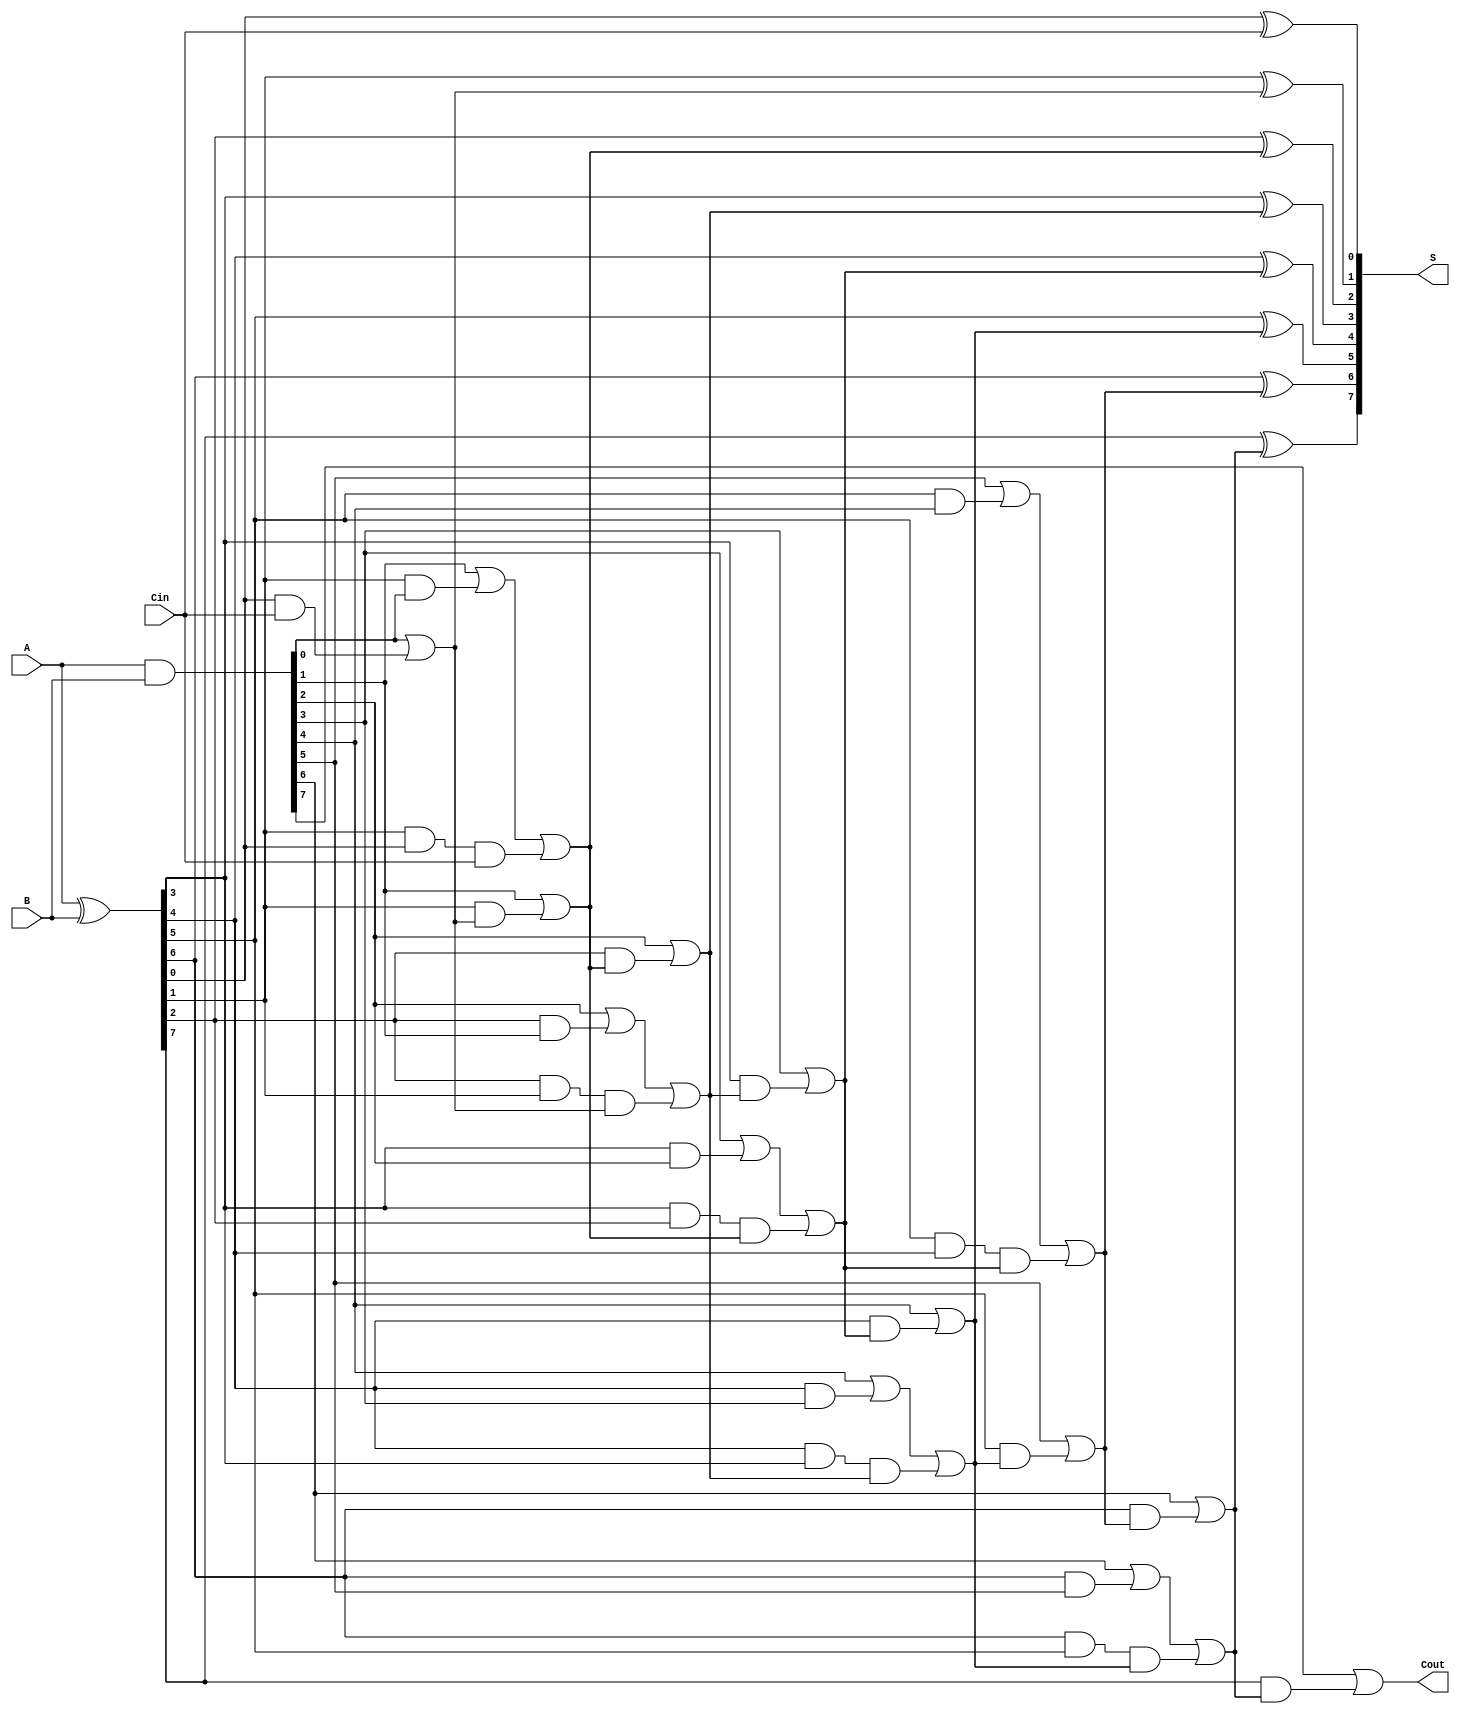
module KoggeStoneAdder #(parameter n = 8) (
    input [n-1:0] A,    // First n-bit input
    input [n-1:0] B,    // Second n-bit input
    input Cin,          // Carry-in input
    output [n-1:0] S,   // Sum output
    output Cout         // Carry-out output
);

    wire [n-1:0] G;     // Generate signals
    wire [n-1:0] P;     // Propagate signals
    wire [n:0] C;       // Carry signals (n+1 to accommodate Cout)

    // Generate and Propagate
    assign G = A & B;       // Generate
    assign P = A ^ B;       // Propagate

    // Initial carry
    assign C[0] = Cin;      // Carry-in

    // Carry Generation Stage 0
    genvar i;
    generate
        for (i = 0; i < n; i = i + 1) begin: carry_gen_stage0
            assign C[i+1] = G[i] | (P[i] & C[i]);
        end
    endgenerate

    // Carry Generation Stage 1
    generate
        for (i = 1; i < n; i = i + 1) begin: carry_gen_stage1
            assign C[i+1] = G[i] | (P[i] & G[i-1]) | (P[i] & P[i-1] & C[i-1]);
        end
    endgenerate

    // Add more stages as required, continuing the pattern for a complete KSA
    // For simplicity, lets just illustrate up to 2 stages; you can expand this as needed

    // Sum Calculation
    generate
        for (i = 0; i < n; i = i + 1) begin: sum_calc
            if (i == 0) begin
                assign S[i] = P[i] ^ C[0]; // S[0] = P[0] XOR Cin
            end else begin
                assign S[i] = P[i] ^ C[i]; // S[i] = P[i] XOR C[i-1]
            end
        end
    endgenerate

    // Final Carry-Out
    assign Cout = G[n-1] | (P[n-1] & C[n-1]);

endmodule